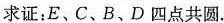
求证：E、C、B、D四点共圆.